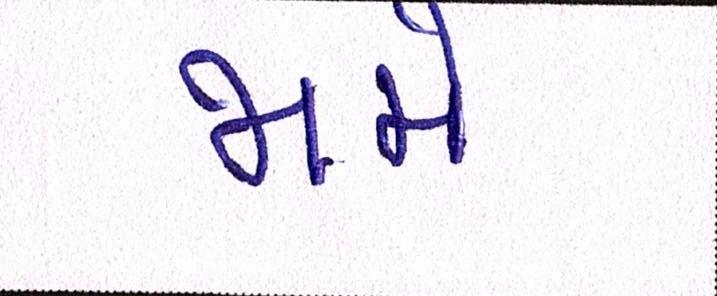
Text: જામે